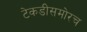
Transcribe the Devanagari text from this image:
टेकडीसमोरच